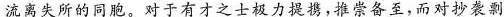
流离失所的同胞。对于有才之士极力提携，推崇备至，而对抄袭剽